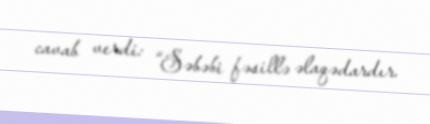
cavab verdi: “Səbəbi fəsillə əlaqədardır.